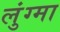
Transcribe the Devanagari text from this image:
लुंग्मा